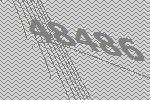
48486